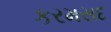
કરમસદ